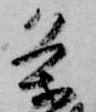
条